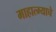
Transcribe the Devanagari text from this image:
माहात्म्याचे